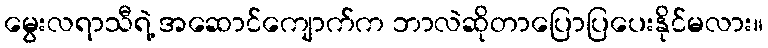
မွေးလရာသီရဲ့ အဆောင်ကျောက်က ဘာလဲဆိုတာပြောပြပေးနိုင်မလား။